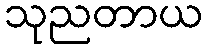
သုညတာယ